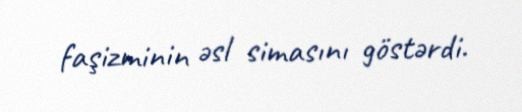
faşizminin əsl simasını göstərdi.